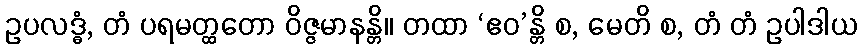
ဥပလဒ္ဓံ, တံ ပရမတ္ထတော ဝိဇ္ဇမာနန္တိ။ တထာ ‘ဧဝ’န္တိ စ, မေတိ စ, တံ တံ ဥပါဒါယ